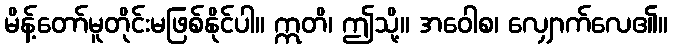
မိန့်တော်မူတိုင်းမဖြစ်နိုင်ပါ။ ဣတိ၊ ဤသို့။ အဝေါစ၊ လျှောက်လေ၏။